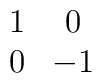
\begin{array}{cc}1  & 0 \\ 0 & -1  \end{array}